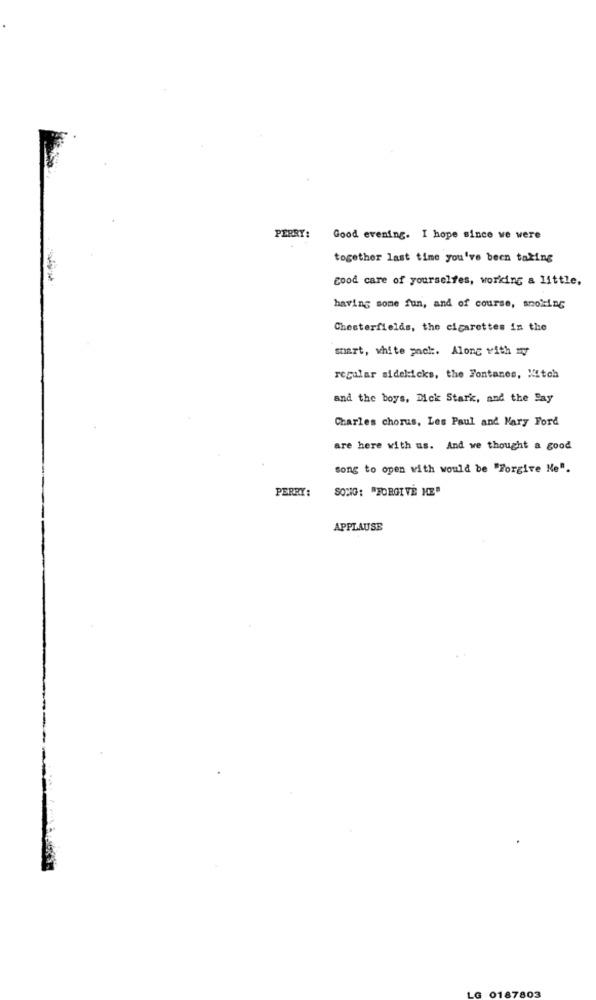
PERRY:
Good evening. I hope since we were
together last time you've been taking
good care of yourselfes, working a little,
having some fun, and of course, smoking
Chesterfields, the cigarettes in the
snart, white pack. Along with my
regular sidekicks, the Fontanes, Mitch
and the boys, Dick Stark, and the Day
Charles chorus, Les Paul and Mary Ford
are here with us. And we thought a good
song to open with would be "Forgive Ne".
PERRY:
SONG: "FORGIVE ME"
APPLAUSE
LG 0187803